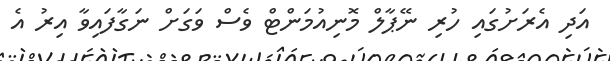
އަދި އެރަށުގައި ހުރި ނޭޕާލް މޮނިއުމަންޓް ވެސް ވަގަށް ނަގާފައިވާ އިރު އެ